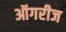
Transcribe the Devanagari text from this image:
ऑगरीज